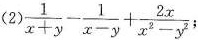
(2)$$\frac{1}{x+y} - \frac{1}{x-y} + \frac{2x}{x^{2} - y^{2}}$$;